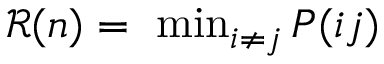
\begin{array} { r } { \ \mathcal { R } ( n ) = \ \operatorname* { m i n } _ { i \neq j } P ( i j ) } \end{array}